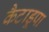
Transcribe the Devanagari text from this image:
कैटाडूपा